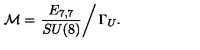
{ \cal M } = \left. \frac { E _ { 7 , 7 } } { S U ( 8 ) } \right/ \Gamma _ { U } .